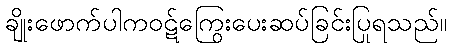
ချိုးဖောက်ပါကဝဋ်ကြွေးပေးဆပ်ခြင်းပြုရသည်။